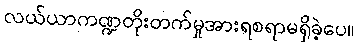
လယ်ယာကဏ္ဍတိုးတက်မှုအားရစရာမရှိခဲ့ပေ။